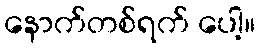
နောက်တစ်ရက် ပေါ့။